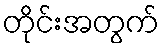
တိုင်းအတွက်